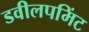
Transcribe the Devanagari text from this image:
डवीलपमिंट